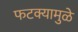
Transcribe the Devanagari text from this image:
फटक्यामुळे